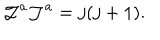
LaTeX: { \cal J } ^ { a } { \cal J } ^ { a } = j ( j + 1 ) .